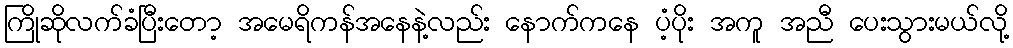
ကြိုဆိုလက်ခံပြီးတော့ အမေရိကန်အနေနဲ့လည်း နောက်ကနေ ပံ့ပိုး အကူ အညီ ပေးသွားမယ်လို့